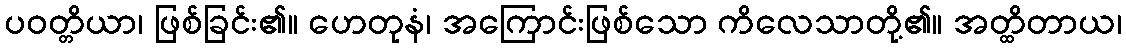
ပဝတ္တိယာ၊ ဖြစ်ခြင်း၏။ ဟေတုနံ၊ အကြောင်းဖြစ်သော ကိလေသာတို့၏။ အတ္ထိတာယ၊